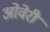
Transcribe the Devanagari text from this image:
ओवेरी